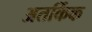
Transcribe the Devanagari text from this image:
अतर्किक